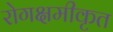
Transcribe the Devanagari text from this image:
रोगक्षमीकृत